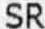
SR